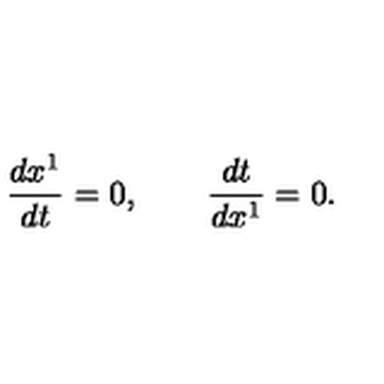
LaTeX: \frac { d x ^ { 1 } } { d t } = 0 , \quad \quad \frac { d t } { d x ^ { 1 } } = 0 .